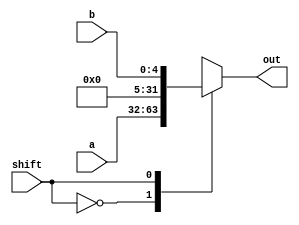
`timescale 1ns / 1ps
//////////////////////////////////////////////////////////////////////////////////
// Company: 
// Engineer: 
// 
// Design Name: 
// Module Name: selection
// Project Name: 
// Target Devices: 
// Tool Versions: 
// Description: 
// 
// Dependencies: 
// 
// Revision:
// Revision 0.01 - File Created
// Additional Comments:
// 
//////////////////////////////////////////////////////////////////////////////////


module selection(shift, a, b, out);
    input                   shift;
    input   [31:0]          a;
    input   [4:0]           b;
    output  reg [31:0]    out;
    
    always @(*) begin
        case(shift)
            0:out = a;
            1:out = b;
        endcase
    end
endmodule